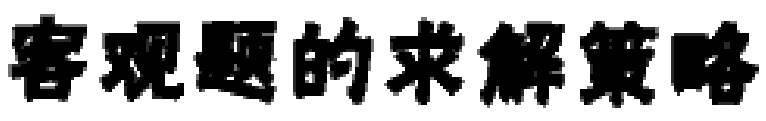
客观题的求解策略